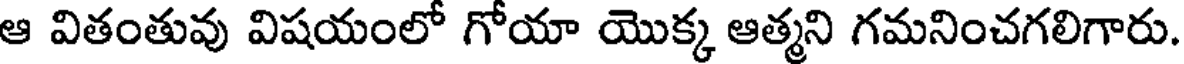
ఆ వితంతువు విషయంలో గోయా యొక్క ఆత్మని గమనించగలిగారు.